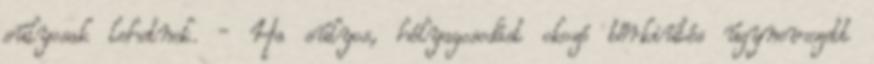
súlyosak lehetnek. - Ha súlyos, hólyagosodást okozó bőrkiütés úgynevezett